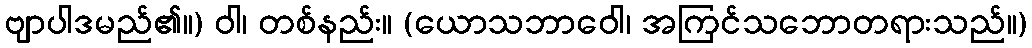
ဗျာပါဒမည်၏။) ဝါ၊ တစ်နည်း။ (ယောသဘာဝေါ၊ အကြင်သဘောတရားသည်။)